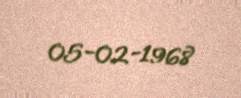
05-02-1968